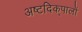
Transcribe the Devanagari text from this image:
अष्टदिक्‌पालों